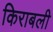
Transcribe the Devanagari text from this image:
किराबली